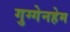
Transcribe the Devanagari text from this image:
गुग्गेनहेम